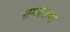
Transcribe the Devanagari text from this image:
रामनगरचा